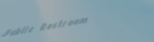
Public Restroom